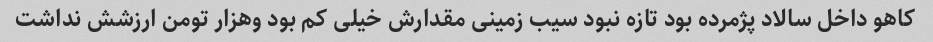
کاهو داخل سالاد پژمرده بود تازه نبود سیب زمینی مقدارش خیلی کم بود وهزار تومن ارزشش نداشت